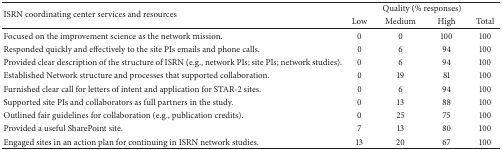
| ISRN coordinating center services and resources | <COLSPAN=4> Quality (% responses) |
 |  | Low | Medium | High | Total |
 | --- | --- | --- | --- | --- |
 | Focused on the improvement science as the network mission. | 0 | 0 | 100 | 100 |
 | Responded quickly and effectively to the site PIs emails and phone calls. | 0 | 6 | 94 | 100 |
 | Provided clear description of the structure of ISRN (e.g., network PIs; site PIs; network studies). | 0 | 6 | 94 | 100 |
 | Established Network structure and processes that supported collaboration. | 0 | 19 | 81 | 100 |
 | Furnished clear call for letters of intent and application for STAR-2 sites. | 0 | 6 | 94 | 100 |
 | Supported site PIs and collaborators as full partners in the study. | 0 | 13 | 88 | 100 |
 | Outlined fair guidelines for collaboration (e.g., publication credits). | 0 | 25 | 75 | 100 |
 | Provided a useful SharePoint site. | 7 | 13 | 80 | 100 |
 | Engaged sites in an action plan for continuing in ISRN network studies. | 13 | 20 | 67 | 100 |